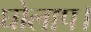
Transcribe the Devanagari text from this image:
घोलाप।